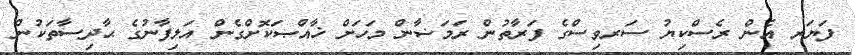
ފަޔަރ އެން ރެސްކިޔު ސަރވިސްގެ ފަރާތުން ރަމަޟާން މަހަށް ޚާއްޞަކޮށްގެން އަލިފާނުގެ ޙާދިސާތަކުން